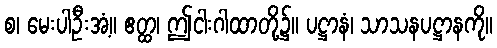
စ၊ မေးပါဦးအံ့။ ဧတ္ထ၊ ဤငါးဂါထာတို့၌။ ပဋ္ဌာနံ၊ သာသနပဋ္ဌာနကို။